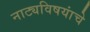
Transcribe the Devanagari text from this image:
नाट्यविषयांचे